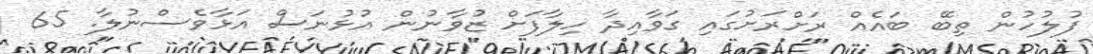
ފުލުހުން ތިބޭ ބައެއް ރަށްރަށުގައި ގަވާއިދާ ހިލާފަށް ޒުވާނުން އުޅުނަސް އަޅާވެސްނުލާ. 65